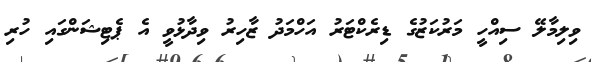
ވިލިމާލޭ ސިއްހީ މަރުކަޒުގެ ޑިރެކްޓަރު އަހްމަދު ޒާހިރު ވިދާޅުވީ އެ ޕެޓިޝަންގައި ހުރި